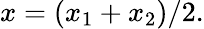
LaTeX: x=(x_{1}+x_{2})/2.